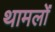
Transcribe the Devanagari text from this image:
थामलों